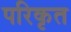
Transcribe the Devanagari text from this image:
परिकृत